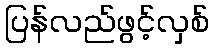
ပြန်လည်ဖွင့်လှစ်